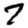
Digit: 7